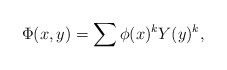
\begin{align*}\Phi(x,y)= \sum \phi(x)^k Y(y)^k, \end{align*}